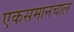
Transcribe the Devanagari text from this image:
एकसमानचाल